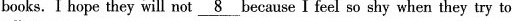
books.Ihope they will not \underline{8} because I feel so shy when they try to